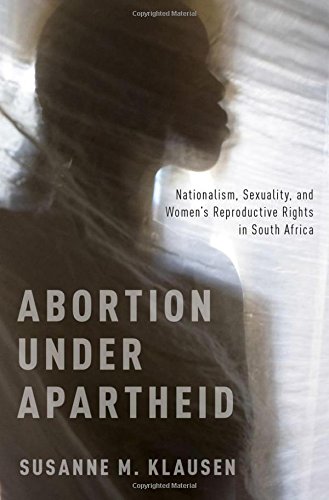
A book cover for Abortion Under Apartheid: Nationalism, Sexuality, and Women's Reproductive Rights in South Africa; Susanne M. Klausen; Law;